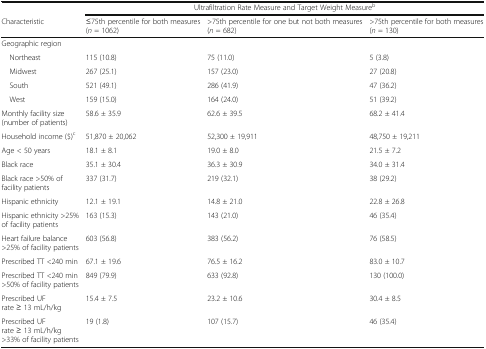
|  | <COLSPAN=3> Ultrafiltration Rate Measure and Target Weight Measureb |
 | Characteristic | ≤75th percentile for both measures(n = 1062) | >75th percentile for one but not both measures(n = 682) | >75th percentile for both measures(n = 130) |
 | --- | --- | --- | --- |
 | <COLSPAN=4> Geographic region |
 | Northeast | 115 (10.8) | 75 (11.0) | 5 (3.8) |
 | Midwest | 267 (25.1) | 157 (23.0) | 27 (20.8) |
 | South | 521 (49.1) | 286 (41.9) | 47 (36.2) |
 | West | 159 (15.0) | 164 (24.0) | 51 (39.2) |
 | Monthly facility size (number of patients) | 58.6 ± 35.9 | 62.6 ± 39.5 | 68.2 ± 41.4 |
 | Household income ($)c | 51,870 ± 20,062 | 52,300 ± 19,911 | 48,750 ± 19,211 |
 | Age < 50 years | 18.1 ± 8.1 | 19.0 ± 8.0 | 21.5 ± 7.2 |
 | Black race | 35.1 ± 30.4 | 36.3 ± 30.9 | 34.0 ± 31.4 |
 | Black race >50% of facility patients | 337 (31.7) | 219 (32.1) | 38 (29.2) |
 | Hispanic ethnicity | 12.1 ± 19.1 | 14.8 ± 21.0 | 22.8 ± 26.8 |
 | Hispanic ethnicity >25% of facility patients | 163 (15.3) | 143 (21.0) | 46 (35.4) |
 | Heart failure balance >25% of facility patients | 603 (56.8) | 383 (56.2) | 76 (58.5) |
 | Prescribed TT <240 min | 67.1 ± 19.6 | 76.5 ± 16.2 | 83.0 ± 10.7 |
 | Prescribed TT <240 min >50% of facility patients | 849 (79.9) | 633 (92.8) | 130 (100.0) |
 | Prescribed UF rate ≥ 13 mL/h/kg | 15.4 ± 7.5 | 23.2 ± 10.6 | 30.4 ± 8.5 |
 | Prescribed UF rate ≥ 13 mL/h/kg >33% of facility patients | 19 (1.8) | 107 (15.7) | 46 (35.4) |